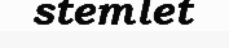
stemlet